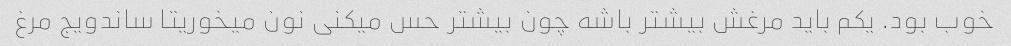
خوب بود. یکم باید مرغش بیشتر باشه چون بیشتر حس میکنی نون میخوریتا ساندویج مرغ